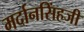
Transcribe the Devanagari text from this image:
मर्दानसिंहजी